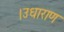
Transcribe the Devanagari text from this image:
।उधाराण